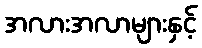
အလားအလာများနှင့်